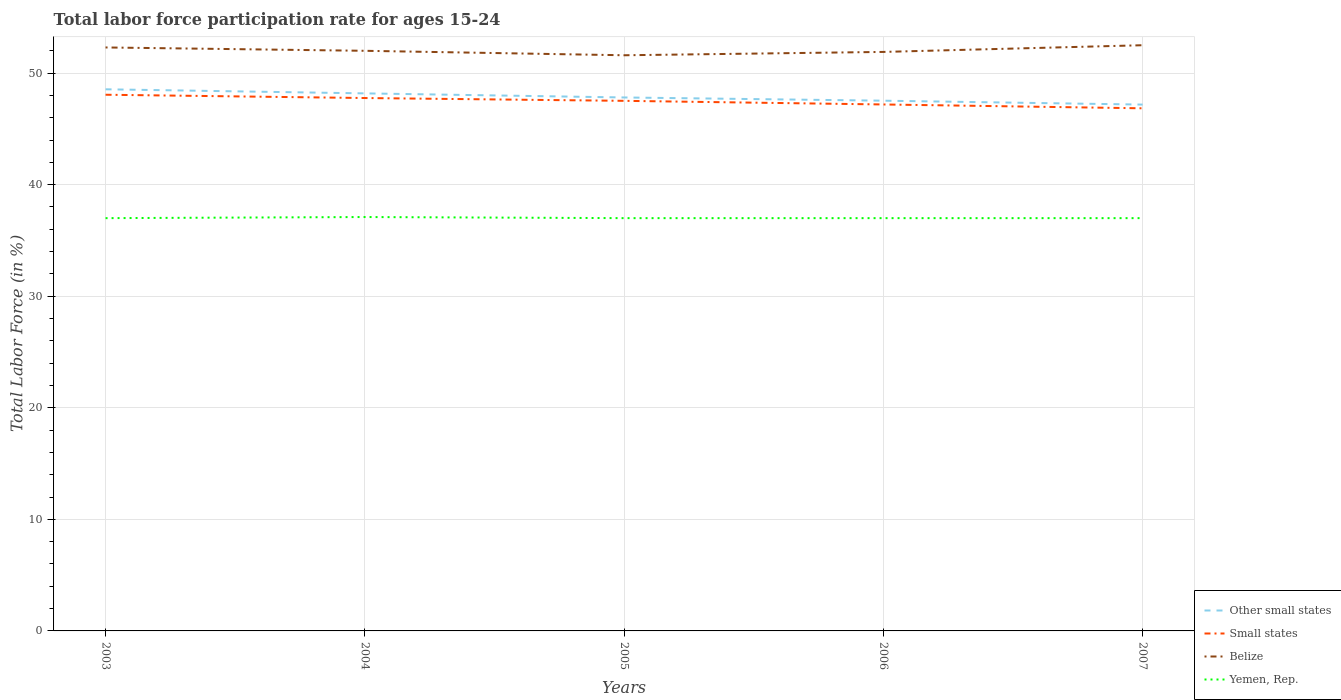
| Years | Other small states | Small states | Belize | Yemen, Rep. |
 | --- | --- | --- | --- | --- |
 | 2003 | 48.5 | 48.1 | 52.3 | 37 |
 | 2004 | 48.2 | 47.8 | 52 | 37.1 |
 | 2005 | 47.8 | 47.5 | 51.6 | 37 |
 | 2006 | 47.5 | 47.2 | 51.9 | 37 |
 | 2007 | 47.2 | 46.8 | 52.5 | 37 |